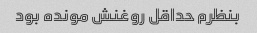
بنظرم حداقل روغنش مونده بود